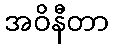
အဝိနီတာ